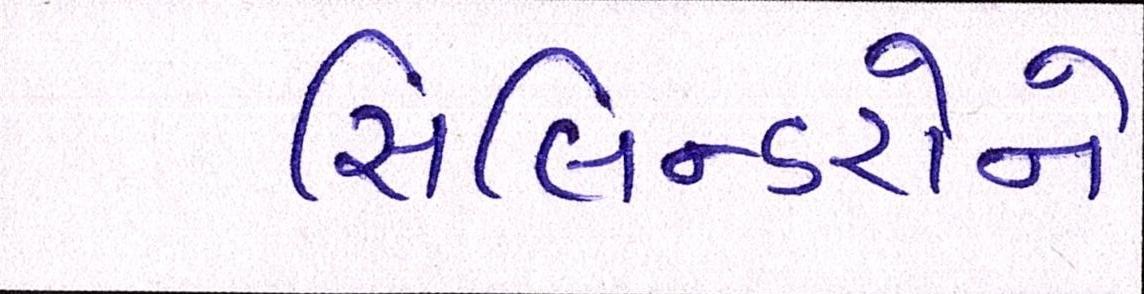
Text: સિલિન્ડરોને